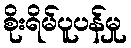
စိုးရိမ်ပူပန်မှု